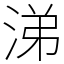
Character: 涕